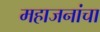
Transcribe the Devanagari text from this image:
महाजनांचा